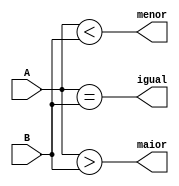
module comparador
	(output maior, menor, igual,
	input [7:0] A, B);
	
	assign igual = (A == B);
	assign maior = (A > B);
	assign menor = (A < B);
endmodule